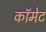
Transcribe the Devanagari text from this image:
काॅमेट